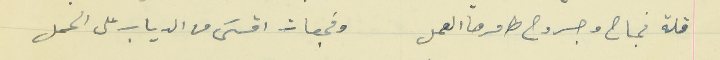
قلة نجاح وجروح طامرها العمل                                  وفجعات اقسَى من الدياب على الحمل